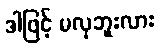
ဒါဖြင့် မလှဘူးလား